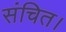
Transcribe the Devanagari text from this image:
संचित।